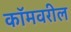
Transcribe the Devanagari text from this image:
कॉमवरील